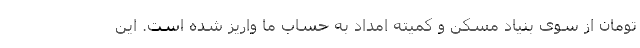
تومان از سوی بنیاد مسکن و کمیته امداد به حساب ما واریز شده است. این